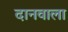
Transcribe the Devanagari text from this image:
दानवाला